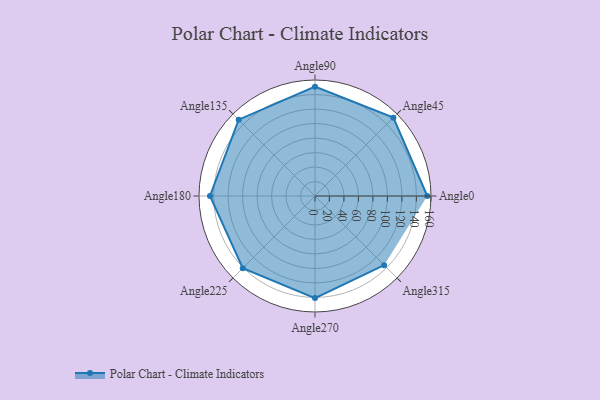
{"axis": {"x": "Angle", "y": "Radius"}, "legend": [""], "data": [{"x": "Angle0", "y": 155.0, "type": ""}, {"x": "Angle45", "y": 153.0, "type": ""}, {"x": "Angle90", "y": 151.0, "type": ""}, {"x": "Angle135", "y": 149.0, "type": ""}, {"x": "Angle180", "y": 145.0, "type": ""}, {"x": "Angle225", "y": 141.0, "type": ""}, {"x": "Angle270", "y": 141.0, "type": ""}, {"x": "Angle315", "y": 135.0, "type": ""}]}